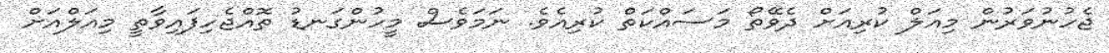
ޖެހުނުވަރުން މިއަލް ކުރިއަށް ދެވޭތޯ މަސައްކަތް ކުރިއެވެ. ނަމަވެސް މީހުންގަނޑު ތޮއްޖެހިފައިވާތީ މިއަލްއަށް